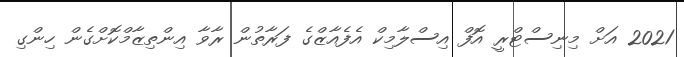
2021 އަށް މިނިސްޓްރީ އޮފް އިސްލާމިކް އެފެއާޒްގެ ފަރާތުން ރާވާ އިންތިޒާމްކޮށްގެން ހިންގި